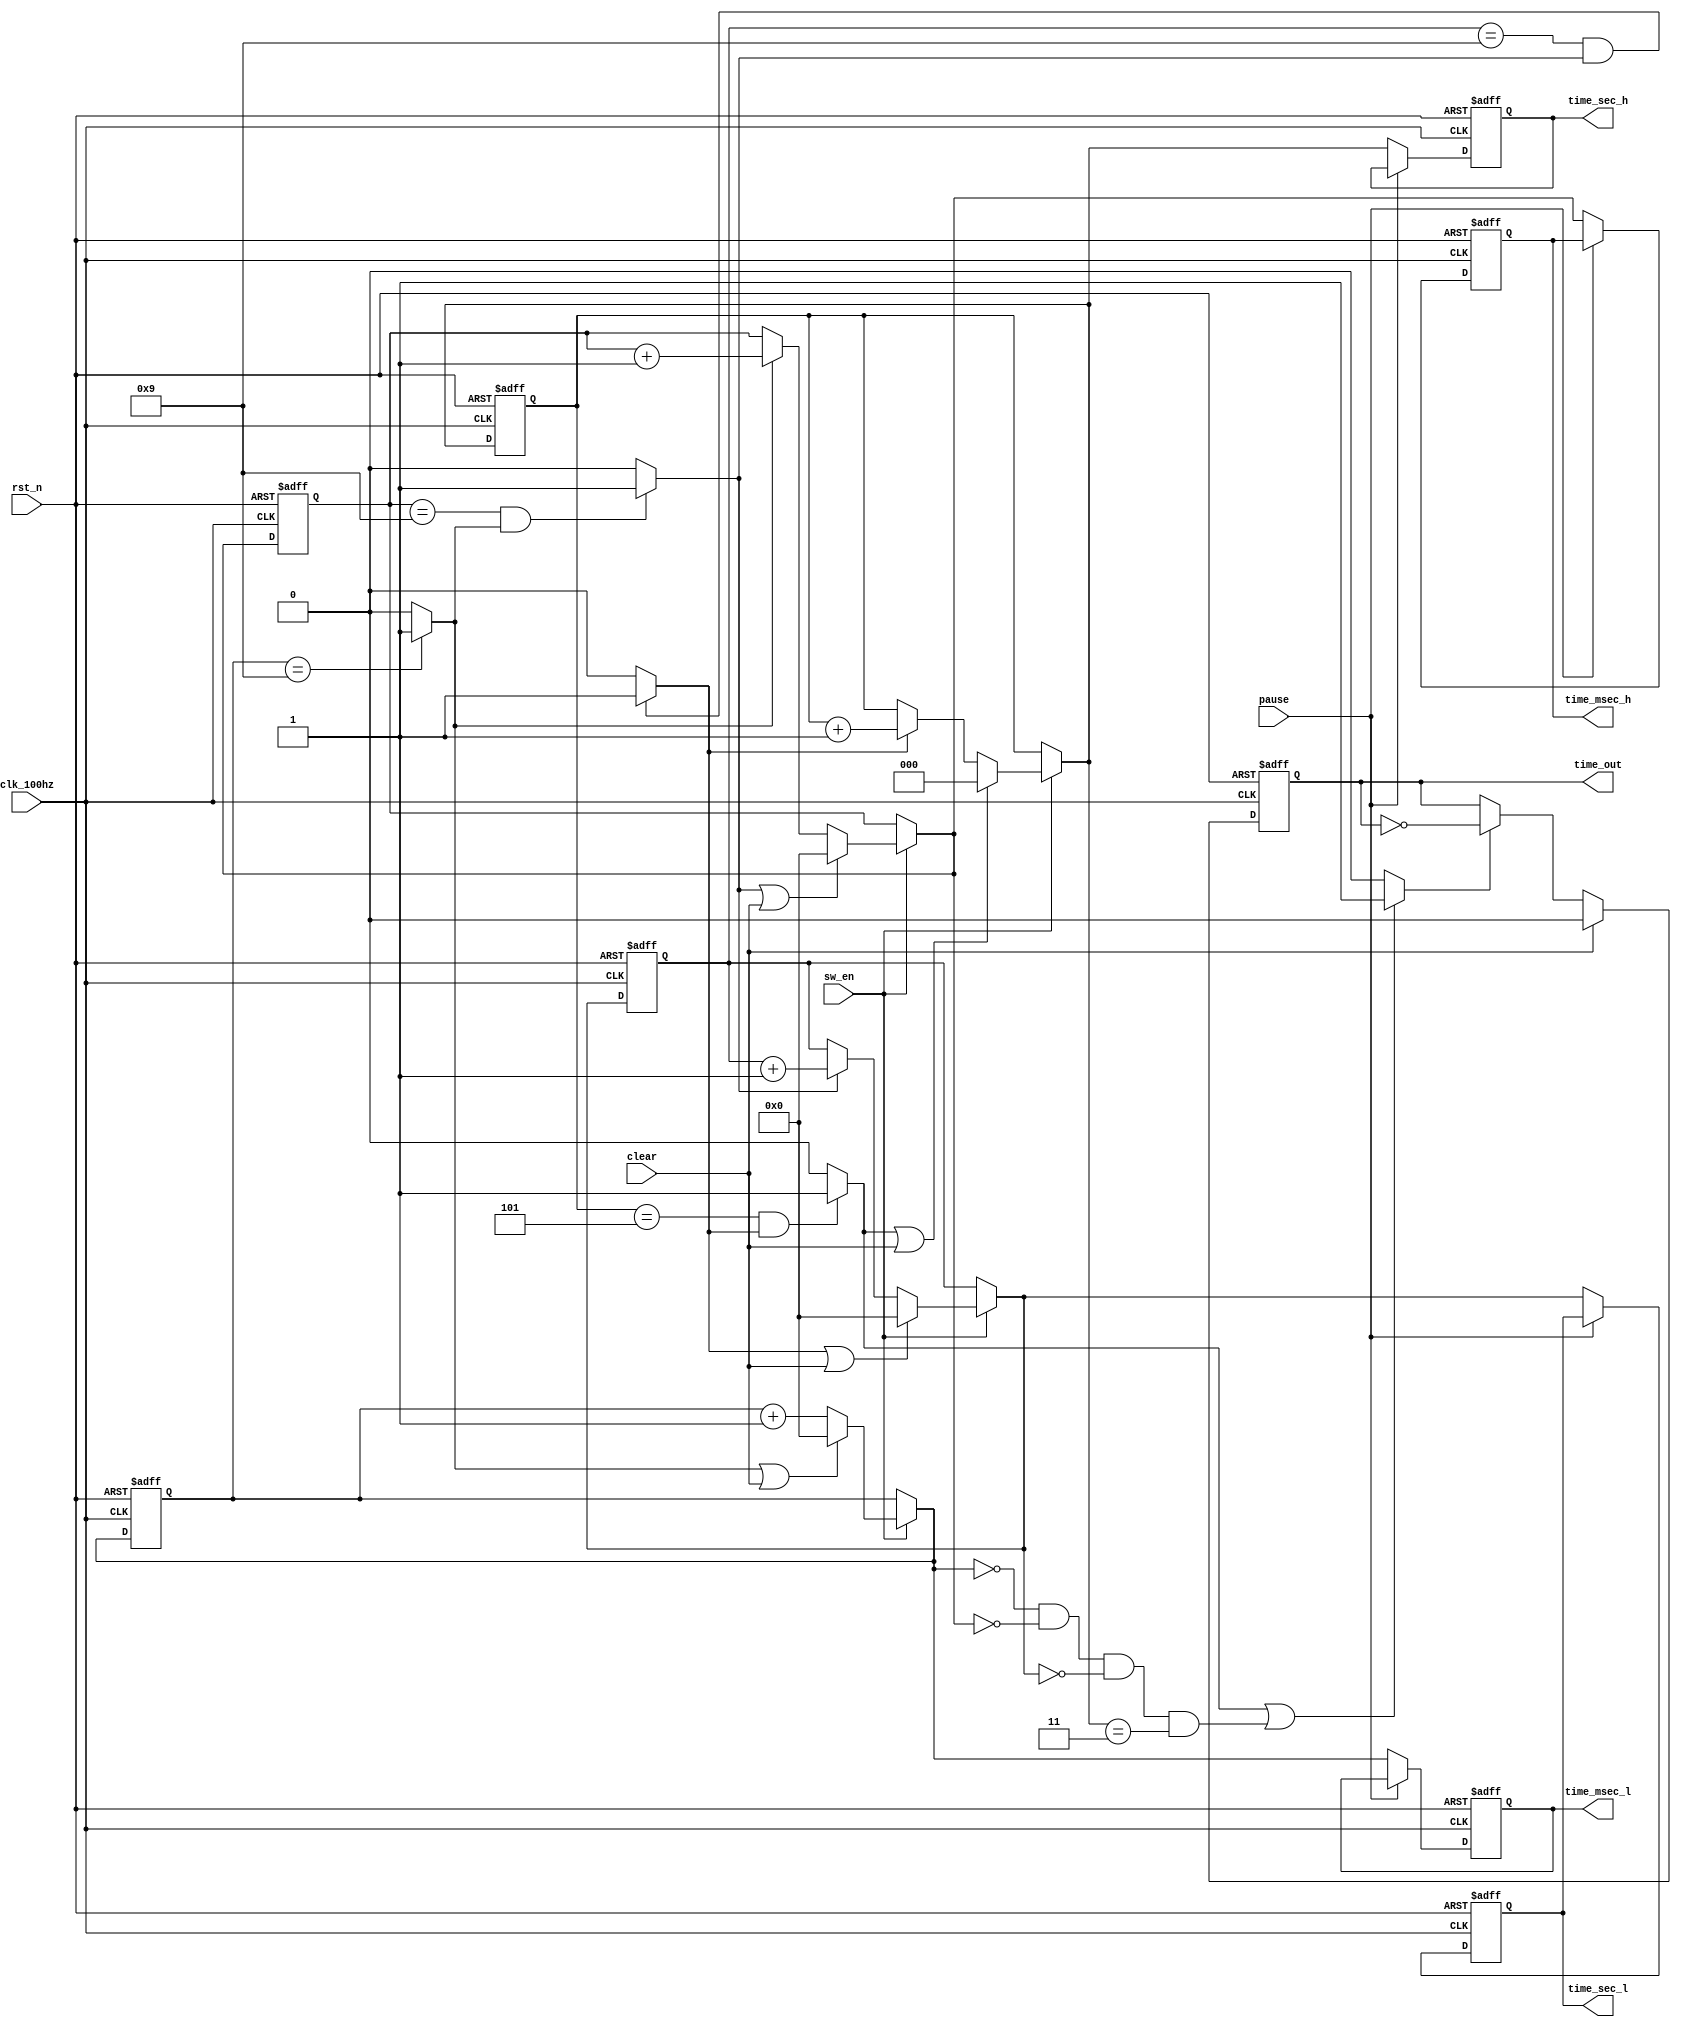
module control(clk_100hz, rst_n, sw_en, pause, clear, time_sec_h, time_sec_l, time_msec_h, time_msec_l, time_out);
    input clk_100hz;
    input rst_n;
    input sw_en;
    input pause;
    input clear;
    output reg [2:0] time_sec_h;
    output reg [3:0] time_sec_l;
    output reg [3:0] time_msec_h;
    output reg [3:0] time_msec_l;
    output reg time_out;

    //maintain a realtime copy of time to implement pause function
    reg [2:0] time_sec_h_cp;
    reg [3:0] time_sec_l_cp;
    reg [3:0] time_msec_h_cp;
    reg [3:0] time_msec_l_cp;

    reg [2:0] time_sec_h_nxt;
    reg [3:0] time_sec_l_nxt;
    reg [3:0] time_msec_h_nxt;
    reg [3:0] time_msec_l_nxt;

    //refresh time_msec_l...
    always@(posedge clk_100hz or negedge rst_n) begin
        if(!rst_n)
            time_msec_l <= 4'b0;
        else if(!pause)
            time_msec_l <= time_msec_l_nxt;
    end

    always@(posedge clk_100hz or negedge rst_n) begin
        if(!rst_n)
            time_msec_h <= 4'b0;
        else if(!pause)
            time_msec_h <= time_msec_h_nxt;
    end

    always@(posedge clk_100hz or negedge rst_n) begin
        if(!rst_n)
            time_sec_l <= 4'b0;
        else if(!pause)
            time_sec_l <= time_sec_l_nxt;
    end

    always@(posedge clk_100hz or negedge rst_n) begin
        if(!rst_n)
            time_sec_h <= 4'b0;
        else if(!pause)
            time_sec_h <= time_sec_h_nxt;
    end

    //refresh regs for realtime copy
    always@(posedge clk_100hz or negedge rst_n) begin
        if(!rst_n)
            time_msec_l_cp <= 4'b0;
        else
            time_msec_l_cp <= time_msec_l_nxt;
    end

    always@(posedge clk_100hz or negedge rst_n) begin
        if(!rst_n)
            time_msec_h_cp <= 4'b0;
        else
            time_msec_h_cp <= time_msec_h_nxt;
    end

    always@(posedge clk_100hz or negedge rst_n) begin
        if(!rst_n)
            time_sec_l_cp <= 4'b0;
        else
            time_sec_l_cp <= time_sec_l_nxt;
    end

    always@(posedge clk_100hz or negedge rst_n) begin
        if(!rst_n)
            time_sec_h_cp <= 4'b0;
        else
            time_sec_h_cp <= time_sec_h_nxt;
    end

    assign fresh_msec_l = (time_msec_l_cp == 4'd9)? 1:0;
    always@(*) begin
        if(sw_en) begin
            if(fresh_msec_l | clear)
                time_msec_l_nxt = 4'b0;
            else
                time_msec_l_nxt = time_msec_l_cp + 1'b1;
        end
        else
            time_msec_l_nxt = time_msec_l_cp;
    end

    assign fresh_msec_h = (time_msec_h_cp == 4'd9 & fresh_msec_l)? 1:0;
    always@(*) begin
        if(sw_en) begin
            if(fresh_msec_h | clear)
                time_msec_h_nxt = 4'b0;
            else if(fresh_msec_l)
                time_msec_h_nxt = time_msec_h_cp + 1'b1;
            else
                time_msec_h_nxt = time_msec_h_cp;
        end
        else
            time_msec_h_nxt = time_msec_h_cp;
    end

    assign fresh_sec_l = (time_sec_l_cp == 4'd9 & fresh_msec_h)? 1:0;
    always@(*) begin
        if(sw_en) begin
            if(fresh_sec_l | clear)
                time_sec_l_nxt = 4'b0;
            else if(fresh_msec_h)
                time_sec_l_nxt = time_sec_l_cp + 1'b1;
            else
                time_sec_l_nxt = time_sec_l_cp;
        end
        else
            time_sec_l_nxt = time_sec_l_cp;
    end
    
    assign fresh_sec_h = (time_sec_h_cp == 3'd5 & fresh_sec_l)? 1:0;
    always@(*) begin
        if(sw_en) begin
            if(fresh_sec_h | clear)
                time_sec_h_nxt = 4'b0;
            else if(fresh_sec_l)
                time_sec_h_nxt = time_sec_h_cp + 1'b1;
            else
                time_sec_h_nxt = time_sec_h_cp;
        end
        else
            time_sec_h_nxt = time_sec_h_cp;
    end

    assign toggle = (fresh_sec_h | ((time_msec_l_nxt == 4'b0) & (time_msec_h_nxt == 4'b0) & (time_sec_l_nxt == 4'b0) & (time_sec_h_nxt == 3'd3)))? 1:0;
    always@(posedge clk_100hz or negedge rst_n) begin
        if(!rst_n)
            time_out = 1'b0;
        else if(clear)
            time_out = 1'b0;
        else if(toggle)
            time_out <= ~time_out;
        else
            time_out <= time_out;
    end
endmodule